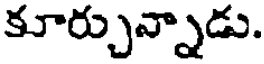
కూర్చున్నాడు.